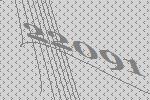
22091